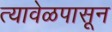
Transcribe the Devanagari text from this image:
त्यावेळपासून